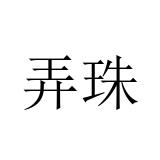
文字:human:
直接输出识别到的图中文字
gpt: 弄珠